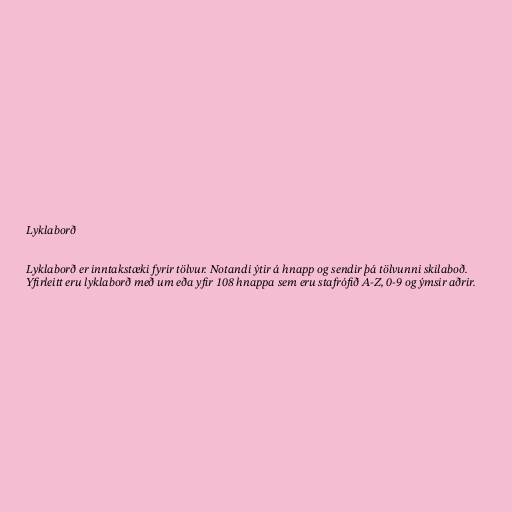
Lyklaborð

Lyklaborð er inntakstæki fyrir tölvur. Notandi ýtir á hnapp og sendir þá tölvunni skilaboð.
Yfirleitt eru lyklaborð með um eða yfir 108 hnappa sem eru stafrófið A-Z, 0-9 og ýmsir aðrir.